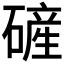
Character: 𪿴